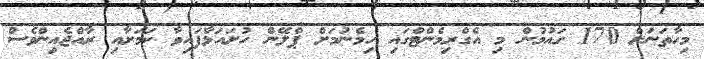
މިހާތަނަށް 170 ގައުމުން މި އެގްރިމެންޓްގައި ހިމެނުމަށް ޕްލޭން ހުށައަޅާފައިވާ ކަމަށާއި ރާއްޖެއިންވެސް